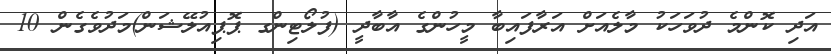
އަދި ކޮންމެ ދުވަހަކު މާލެއަށް އަރާފައިބާ މީހުންގެ އާބާދީ (ފުލޯޓިންގ ޕޮޕިއުލޭޝަން)މަދުވެގެން 10